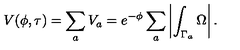
V ( \phi , \tau ) = \sum _ { a } V _ { a } = e ^ { - \phi } \sum _ { a } \left| \int _ { \Gamma _ { a } } \Omega \right| .